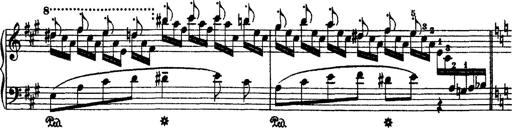
Title: 2 KonzertetÃ¼den
Composer: Franz Liszt